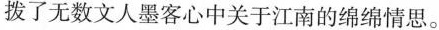
拨了无数文人墨客心中关于江南的绵绵情思。